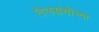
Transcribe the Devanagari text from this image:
तैलग्रंथींच्या